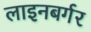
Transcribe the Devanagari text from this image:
लाइनबर्गर